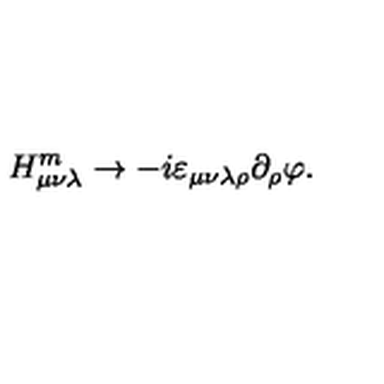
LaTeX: H _ { \mu \nu \lambda } ^ { m } \to - i \varepsilon _ { \mu \nu \lambda \rho } \partial _ { \rho } \varphi .